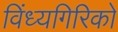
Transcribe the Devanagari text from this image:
विंध्यगिरिको